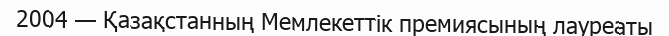
2004 — Қазақстанның Мемлекеттік премиясының лауреаты